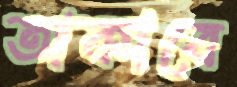
তাকাবে